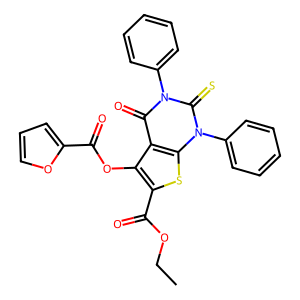
SMILES: CCOC(=O)c1sc2c(c1OC(=O)c1ccco1)c(=O)n(-c1ccccc1)c(=S)n2-c1ccccc1
Inhibits HIV replication: No